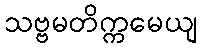
သဗ္ဗမတိက္ကမေယျ